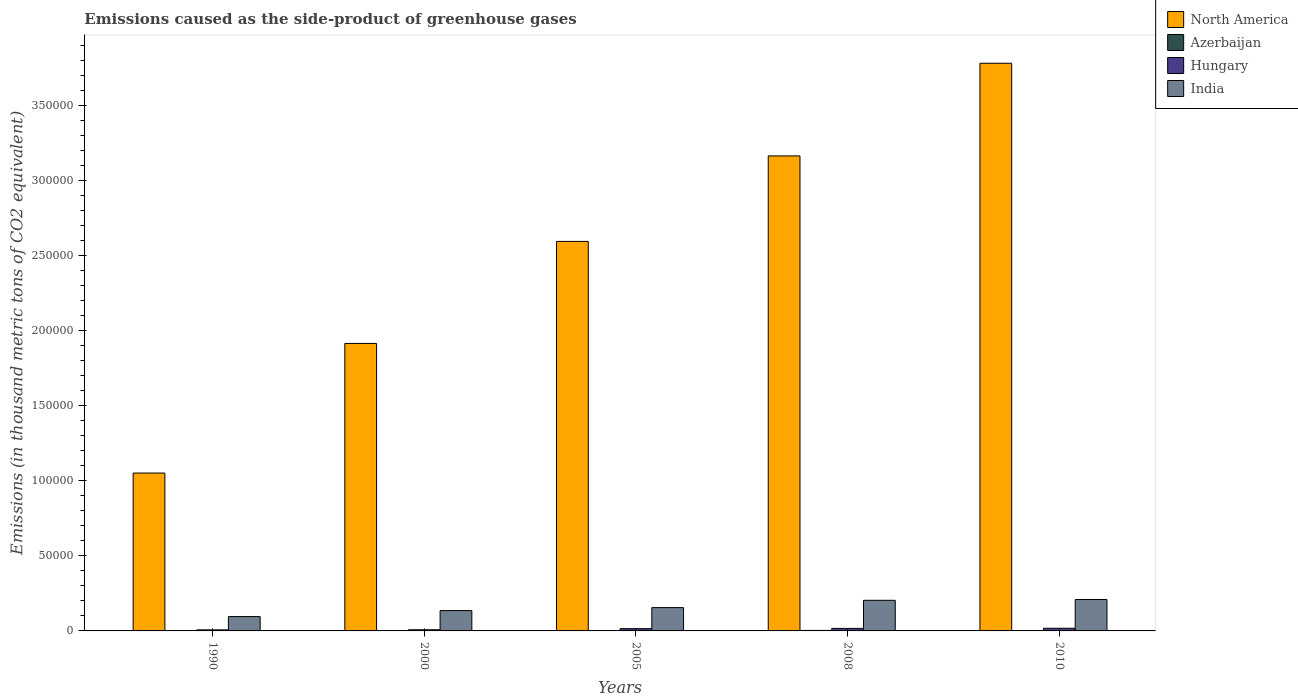
| Years | North America | Azerbaijan | Hungary | India |
 | --- | --- | --- | --- | --- |
 | 1990 | 1.05e+05 | 176 | 702 | 9.56e+03 |
 | 2000 | 1.92e+05 | 41.3 | 762 | 1.36e+04 |
 | 2005 | 2.6e+05 | 265 | 1.51e+03 | 1.55e+04 |
 | 2008 | 3.17e+05 | 335 | 1.68e+03 | 2.04e+04 |
 | 2010 | 3.78e+05 | 283 | 1.78e+03 | 2.09e+04 |